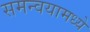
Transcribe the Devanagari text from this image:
समन्वयामध्ये